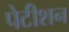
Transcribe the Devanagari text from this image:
पेटीशन